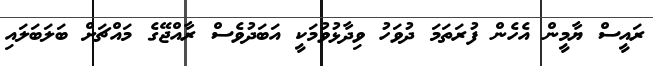
ރައީސް ޔާމީން އެހެން ފުރަތަމަ ދުވަހު ވިދާޅުވުމަކީ އަބަދުވެސް ރާއްޖޭގެ މައްޗަށް ބަލަބަލައި